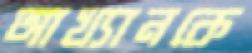
আখ্যানকে